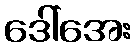
ဒေါ်အေး